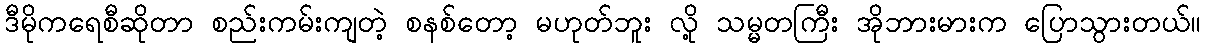
ဒီမိုကရေစီဆိုတာ စည်းကမ်းကျတဲ့ စနစ်တော့ မဟုတ်ဘူး လို့ သမ္မတကြီး အိုဘားမားက ပြောသွားတယ်။